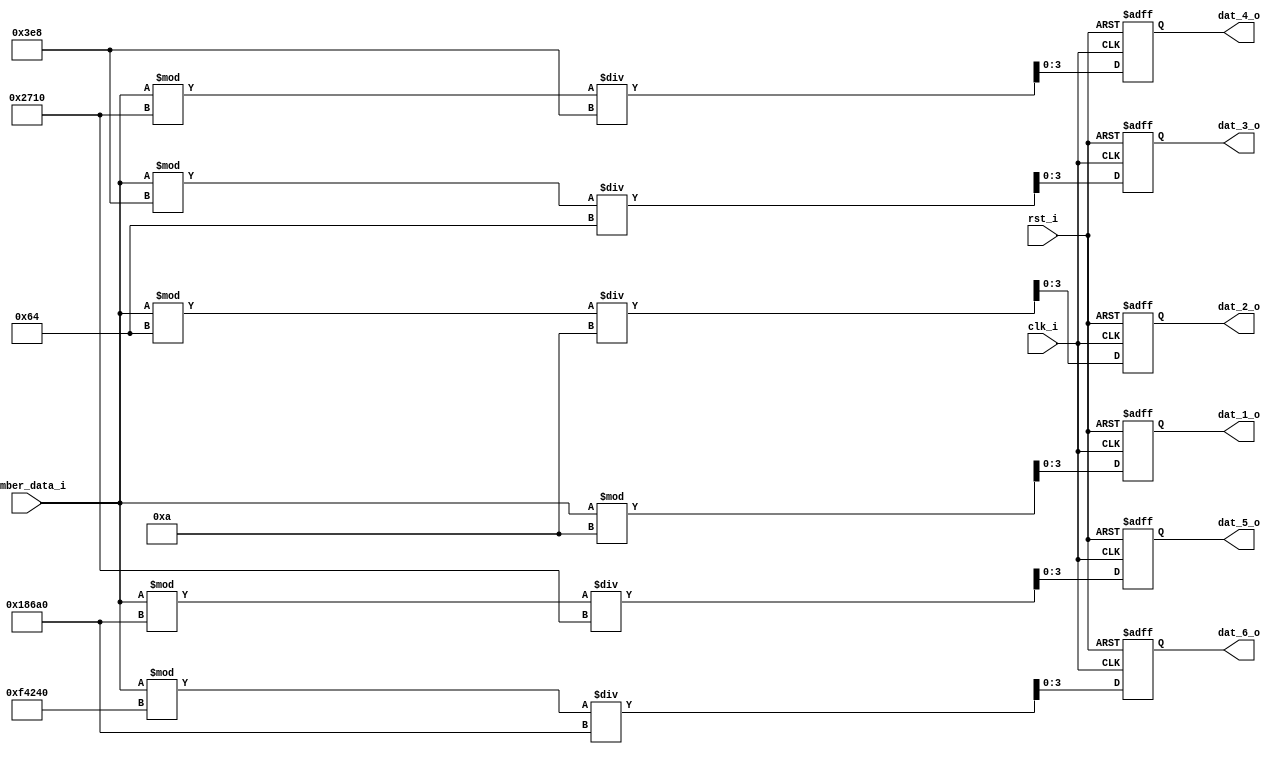
module number_mod_module
(
	clk_i,
	rst_i,
	number_data_i,
	dat_1_o,
	dat_2_o,
	dat_3_o,
	dat_4_o,
	dat_5_o,
	dat_6_o
);

input 		clk_i;
input			rst_i;
input[19:0]	number_data_i;
output[3:0]	dat_1_o;
output[3:0] dat_2_o;
output[3:0] dat_3_o;
output[3:0] dat_4_o;
output[3:0] dat_5_o;
output[3:0] dat_6_o;

			
reg[3:0]  dat_1_r = 0;
reg[3:0]  dat_2_r = 0;
reg[3:0]  dat_3_r = 0;
reg[3:0]  dat_4_r = 0;
reg[3:0]  dat_5_r = 0;
reg[3:0]  dat_6_r = 0;

assign dat_1_o = dat_1_r;
assign dat_2_o = dat_2_r;
assign dat_3_o = dat_3_r;
assign dat_4_o = dat_4_r;
assign dat_5_o = dat_5_r;
assign dat_6_o = dat_6_r;

always@(posedge clk_i or negedge rst_i) begin
	if(!rst_i)begin
		dat_1_r <= 0;
		dat_2_r <= 0;
		dat_3_r <= 0;
		dat_4_r <= 0;
		dat_5_r <= 0;
		dat_6_r <= 0;
	end
	
	else begin
		dat_1_r <= number_data_i%10;
		dat_2_r <= (number_data_i%100)/10;
		dat_3_r <= (number_data_i%1000)/100;
		dat_4_r <= (number_data_i%10000)/1000;
		dat_5_r <= (number_data_i%100000)/10000;
		dat_6_r <= (number_data_i%1000000)/100000;
	end

end
endmodule